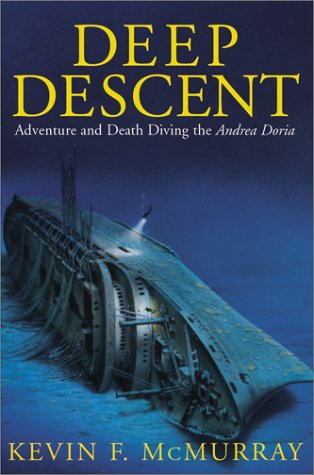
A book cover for Deep Descent: Adventure and Death Diving the Andrea Doria; Kevin F. McMurray; Health, Fitness & Dieting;